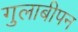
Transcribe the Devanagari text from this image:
गुलाबीपन